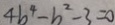
4 b ^ { 4 } - b ^ { 2 } - 3 = 0